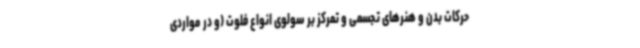
حرکات بدن و هنرهای تجسمی و تمرکز بر سولوی انواع فلوت (و در مواردی